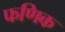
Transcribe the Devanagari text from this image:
फणिक